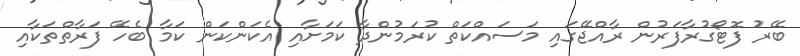
ބޭރު ފޮޓޯގުރާފަރުން ރާއްޖޭގައި މަސައްކަތް ކުރަމުންދާ ކަަމަށާއި އެކަންކަން ކަމާ ބެހޭ ފަރާތްތަކާއި